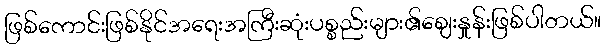
ဖြစ်ကောင်းဖြစ်နိုင်အရေးအကြီးဆုံးပစ္စည်းများ၏စျေးနှုန်းဖြစ်ပါတယ်။